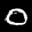
Label: 0